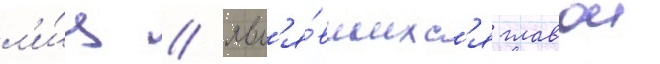
л'и́ц / явл'я́вшихс'я главои